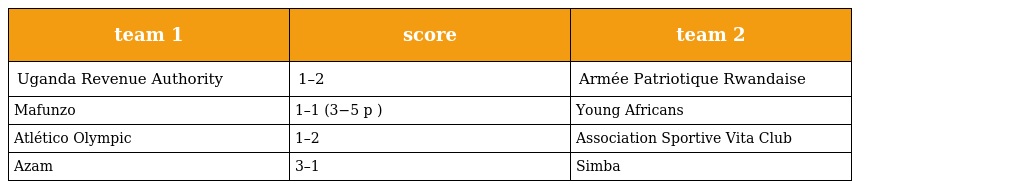
| team 1 | score | team 2 |
 | --- | --- | --- |
 | Uganda Revenue Authority | 1–2 | Armée Patriotique Rwandaise |
 | Mafunzo | 1–1 (3−5 p ) | Young Africans |
 | Atlético Olympic | 1–2 | Association Sportive Vita Club |
 | Azam | 3–1 | Simba |